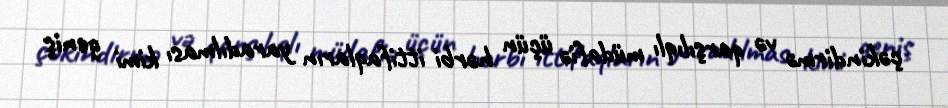
çəkindirmə və qarşılıqlı müdafiə üçün hərbi ittifaqların yaradılması kimi geniş